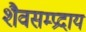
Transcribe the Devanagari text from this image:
शैवसम्प्रदाय